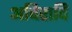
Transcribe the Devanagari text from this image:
अचिरादि